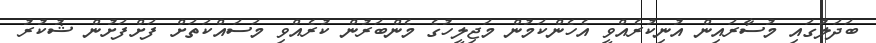
ބަދަލުގައި މުސާރައިން އުނިކުރެއްވީ އެހެންކަމުން މަޖިލީހުގެ މެންބަރުން ކުރެއްވި މަސައްކަތަށް ފަށްފަށުން ޝުކުރު